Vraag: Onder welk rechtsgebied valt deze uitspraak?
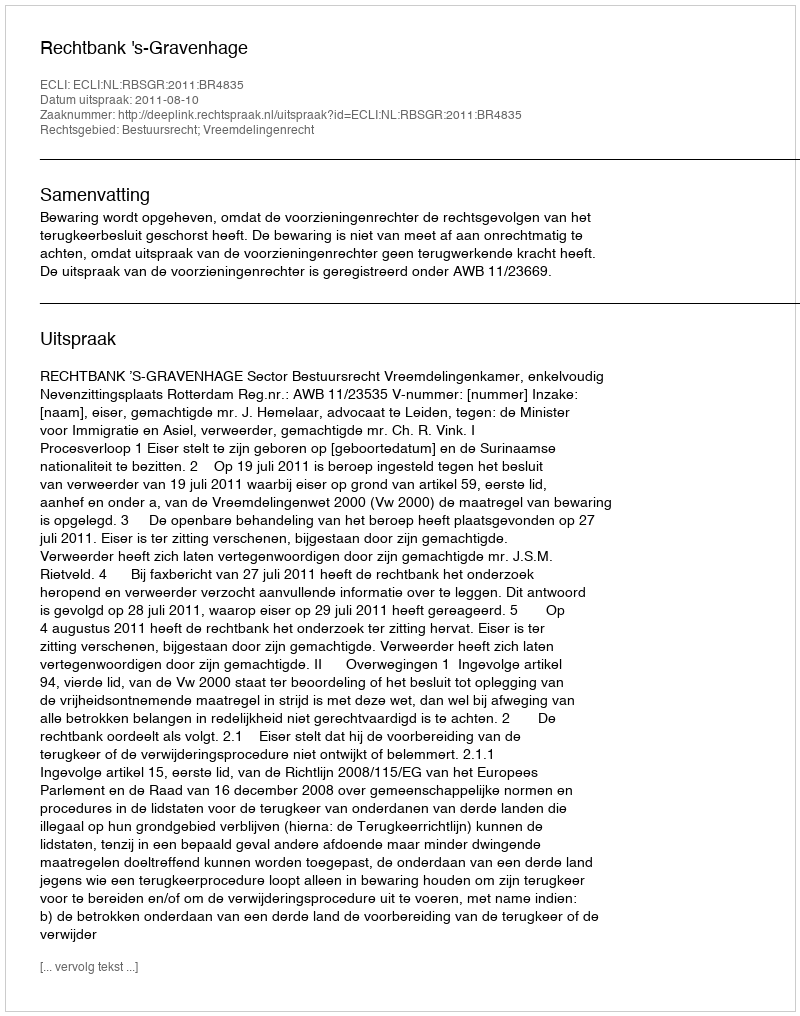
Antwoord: Bestuursrecht; Vreemdelingenrecht